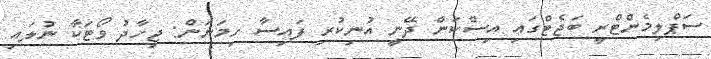
ސަޕްލިމެންޓްރީ ބަޖެޓްގައި އިސްކަން ދޭނީ އުނިކުރި ފައިސާ ހިމަނަން: ޖިހާދު ވޯޓަކާ ނުލައި